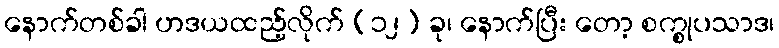
နောက်တစ်ခါ ဟဒယထည့်လိုက် (၁၂) ခု၊ နောက်ပြီး တော့ စက္စုပသာဒ၊